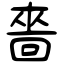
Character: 嗇